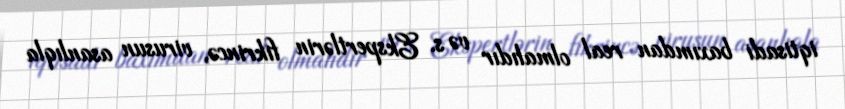
iqtisadi baxımdan real olmalıdır və s. Ekspertlərin fikrincə, virusun asanlıqla